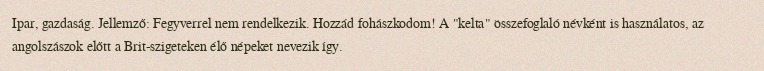
Ipar, gazdaság. Jellemző: Fegyverrel nem rendelkezik. Hozzád fohászkodom! A "kelta" összefoglaló névként is használatos, az angolszászok előtt a Brit-szigeteken élő népeket nevezik így.